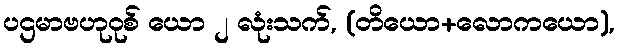
ပဌမာဗဟုဝုစ် ယော ၂ လုံးသက်, (တိယော+လောကယော),